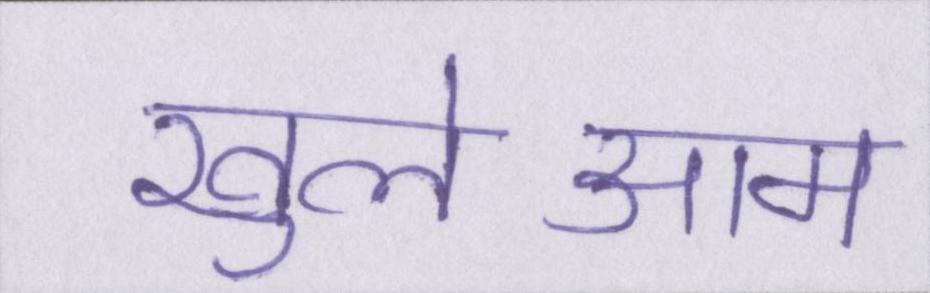
खुलेआम